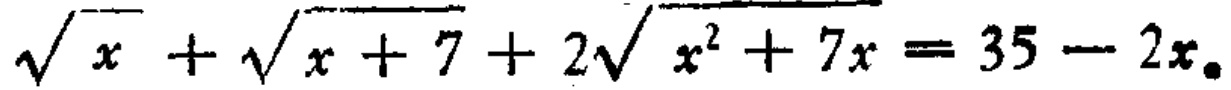
\(\sqrt{x}+\sqrt{x + 7}+2\sqrt{x^{2}+7x}=35 - 2x\)